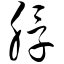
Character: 脬